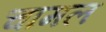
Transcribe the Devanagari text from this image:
चामल